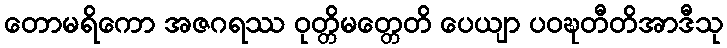
တောမရိကော အဇဂရဿ ဝုတ္တိမတ္တေတိ ပေယျာ ပဝဍ္ဎတီတိအာဒီသု